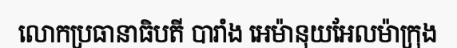
លោកប្រធានាធិបតី បារាំង អេម៉ានុយអែលម៉ាក្រុង